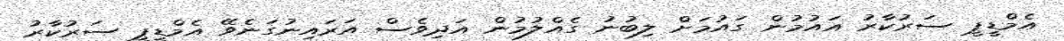
އެމްޑީޕީ ސަރުކާރު އައުމުން ގައުމަށް ލިބުނު ގެއްލުމުން އަދިވެސް އަރައިނުގަނެވޭ އެމްޑީޕީ ސަރުކާރު